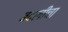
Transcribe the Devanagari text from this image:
बदलीचा